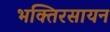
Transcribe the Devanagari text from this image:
भक्तिरसायन